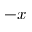
- x